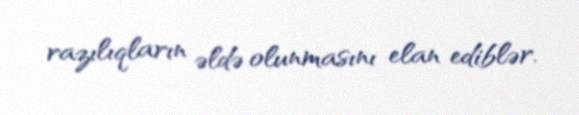
razılıqların əldə olunmasını elan ediblər.